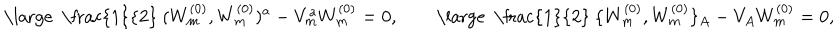
LaTeX: \mathrm { \large ~ \frac { 1 } { 2 } ~ } ( W _ { m } ^ { ( 0 ) } , W _ { m } ^ { ( 0 ) } ) ^ { a } - V _ { m } ^ { a } W _ { m } ^ { ( 0 ) } = 0 , \qquad \mathrm { \large ~ \frac { 1 } { 2 } ~ } \{ W _ { m } ^ { ( 0 ) } , W _ { m } ^ { ( 0 ) } \} _ { A } - V _ { A } W _ { m } ^ { ( 0 ) } = 0 ,